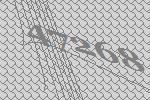
47268